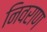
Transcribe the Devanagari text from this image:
निवराण